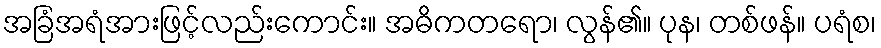
အခြံအရံအားဖြင့်လည်းကောင်း။ အဓိကတရော၊ လွန်၏။ ပုန၊ တစ်ဖန်။ ပရံစ၊